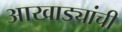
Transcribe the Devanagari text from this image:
आखाड्यांची